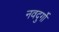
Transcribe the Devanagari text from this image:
नवदुर्गो